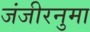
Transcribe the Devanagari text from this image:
जंजीरनुमा